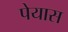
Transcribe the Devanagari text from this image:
पेयास